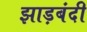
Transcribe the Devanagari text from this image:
झाड़बंदी